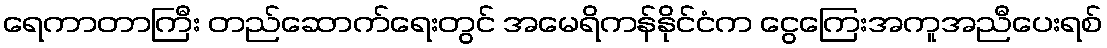
ရေကာတာကြီး တည်ဆောက်ရေးတွင် အမေရိကန်နိုင်ငံက ငွေကြေးအကူအညီပေးရစ်